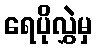
ရေပိုလွှဲမှ